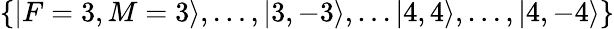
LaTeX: \{ |F=3,M=3\rangle,\ldots,|3,-3\rangle,\ldots|4,4\rangle,\ldots,|4,-4\rangle\}